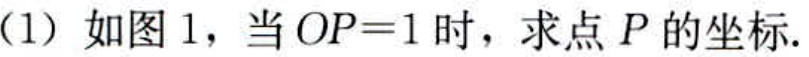
(1) 如图 1，当 \(OP = 1\) 时，求点 \(P\) 的坐标.